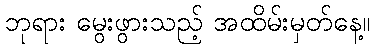
ဘုရား မွေးဖွားသည့် အထိမ်းမှတ်နေ့။